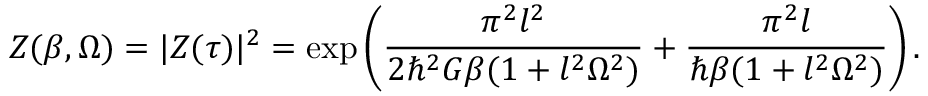
Z ( \beta , \Omega ) = | Z ( \tau ) | ^ { 2 } = \exp \left( \frac { \pi ^ { 2 } l ^ { 2 } } { 2 \hbar ^ { 2 } G \beta ( 1 + l ^ { 2 } \Omega ^ { 2 } ) } + \frac { \pi ^ { 2 } l } { \hbar \beta ( 1 + l ^ { 2 } \Omega ^ { 2 } ) } \right) .